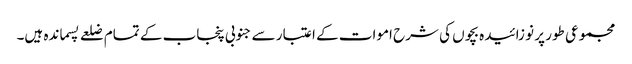
مجموعی طور پر نو زائیدہ بچوں کی شرح اموات کے اعتبار سے جنوبی پنجاب کے تمام ضلعے پسماندہ ہیں۔